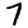
Digit: 7